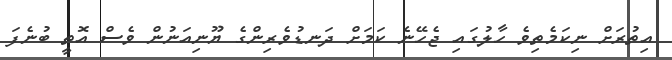
އިތުރަށް ނިކަމެތިވެ ހާލުގައި ޖެހޭނެ ކަމަށް ދަނޑުވެރިންގެ ޔޫނިއަނުން ވެސް އޮތީ ބުނެފަ